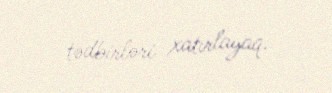
tədbirləri xatırlayaq.